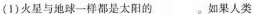
(1)火星与地球一样都是太阳的___ 。如果人类